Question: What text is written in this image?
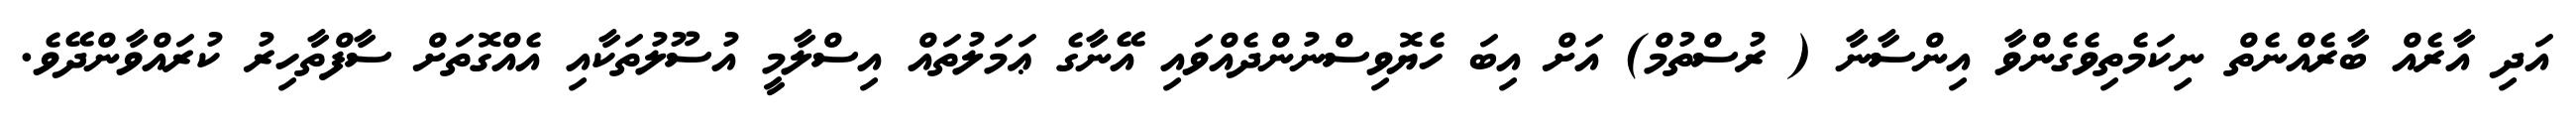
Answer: އަދި އާރެއް ބާރެއްނެތް ނިކަމެތިވެގެންވާ އިންސާނާ ( ރުސްތުމް) އަށް އިބަ ހެޔޮވިސްނުންދެއްވައި އޭނާގެ ޢަމަލުތައް އިސްލާމީ އުސޫލުތަކާއި އެއްގޮތަށް ސާފްތާހިރު ކުރައްވާންދޭވެ.